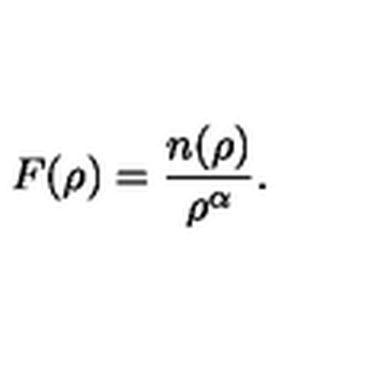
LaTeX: F ( \rho ) = \frac { n ( \rho ) } { \rho ^ { \alpha } } .